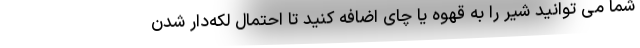
شما می توانید شیر را به قهوه یا چای اضافه کنید تا احتمال لکه‌دار شدن